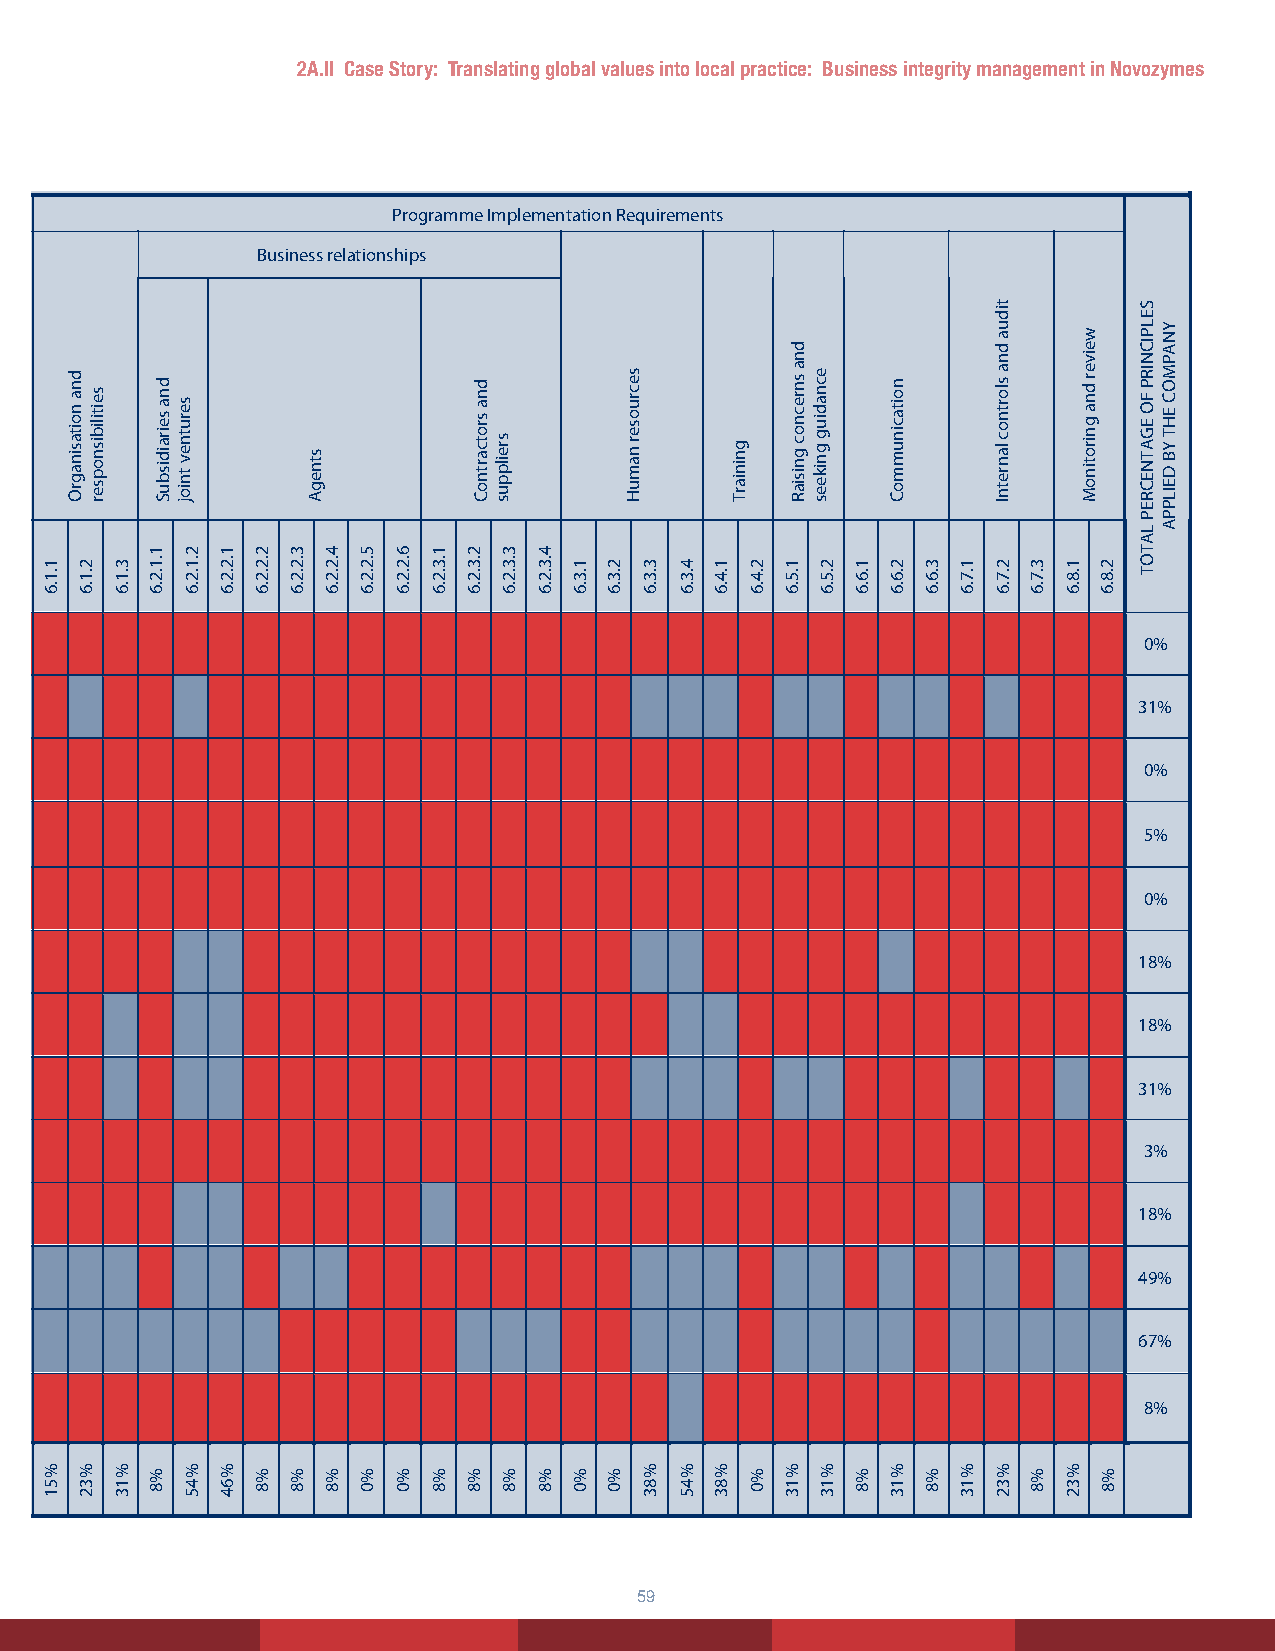
2A.II Case Story: Translating global values into local practice: Business integrity management in Novozymes
 B E N C H M A R K O N T R A N S P A R E N C Y I N T E R N A T I O N A L ’S B U S I N E S S P R IN C I P L E S F O R C O U N T E R IN G B R I B E R Y
 ScopeoftheProgramme       ProgrammeImplementationRequirements
 Businessrelationships
 Documentation
 availableon
 companywebsite
 0%
 31%
 0%
 5%
 0%
 18%
 18%
 31%
 3%
 18%
 49%
 67%
 8%
 TOTALPERCENTAGEOFCOMPANIESAPPLYINGTHEPRINCIPLE
 Principlecovered . Principlenot covered . Threshold:75%.
 5
 emanynapmoC
 1.1.5
 %26
 sebirB
 2.1.5
 %0
 1.2.5
 %13
 snoitubirtnoclacitiloP
 2.2.5
 %0
 1.3.5
 %0
 dnasnoitubirtnocelbatirahC
 spihsrosnops
 2.3.5
 %0
 stnemyapnoitatilicaF
 1.4.5
 %8
 sesnepxednaytilatipsoh,stfiG
 1.5.5
 %77
 1.1.6
 %51
 dnanoitasinagrO
 2.1.6
 %32
 seitilibisnopser
 3.1.6
 %13
 1.1.2.6
 %8
 dnaseiraidisbuS
 serutnevtnioj
 2.1.2.6
 %45
 1.2.2.6
 %64
 2.2.2.6
 %8
 3.2.2.6
 %8
 stnegA
 4.2.2.6
 %8
 5.2.2.6
 %0
 6.2.2.6
 %0
 1.3.2.6
 %8
 2.3.2.6
 %8
 dnasrotcartnoC
 sreilppus
 3.3.2.6
 %8
 4.3.2.6
 %8
 1.3.6
 %0
 2.3.6
 %0
 secruosernamuH
 3.3.6
 %83
 4.3.6
 %45
 1.4.6
 %83
 gniniarT
 2.4.6
 %0
 1.5.6
 %13
 dnasnrecnocgnisiaR
 ecnadiuggnikees
 2.5.6
 %13
 1.6.6
 %8
 noitacinummoC
 2.6.6
 %13
 3.6.6
 %8
 1.7.6
 %13
 tiduadnaslortnoclanretnI
 2.7.6
 %32
 3.7.6
 %8
 1.8.6
 %32
 weiverdnagnirotinoM
 2.8.6
 %8
 SELPICNIRPFOEGATNECREPLATOT
 YNAPMOCEHTYBDEILPPA